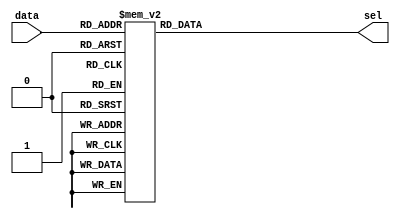
`define BOOTH_m2A	3'd1
`define BOOTH_mA	3'd2
`define BOOTH_0	3'd3
`define BOOTH_pA	3'd4
`define BOOTH_p2A	3'd5

// Booth Encoder
module BOOTH(data, sel);
	input[2:0]data;
	output[2:0]sel;
	reg[2:0]sel;
	
	always @(data) begin
		case(data)
			3'b000 : begin sel = `BOOTH_0; end
			3'b010 : begin sel = `BOOTH_pA; end
			3'b100 : begin sel = `BOOTH_m2A; end 
			3'b110 : begin sel = `BOOTH_mA; end 
			3'b001 : begin sel = `BOOTH_pA; end 
			3'b011 : begin sel = `BOOTH_p2A; end 
			3'b101 : begin sel = `BOOTH_mA; end 
			3'b111 : begin sel = `BOOTH_0; end 
		endcase
	end
endmodule